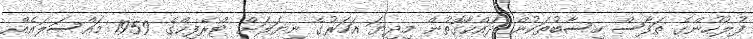
ފުލުހުންގެ ތަފާސް ހިސާބުތަކުން ދައްކާގޮތުން މިދިޔަ އަހަރުގެ ނިޔަލަށް ޓްރެފިކްގެ 1959 މައްސަލައެއް